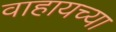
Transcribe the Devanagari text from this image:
वाहायच्या